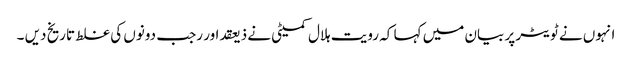
انہوں نے ٹویٹر پر بیان میں کہا کہ رویت ہلال کمیٹی نے ذیعقداور رجب دونوں کی غلط تاریخ دیں ۔